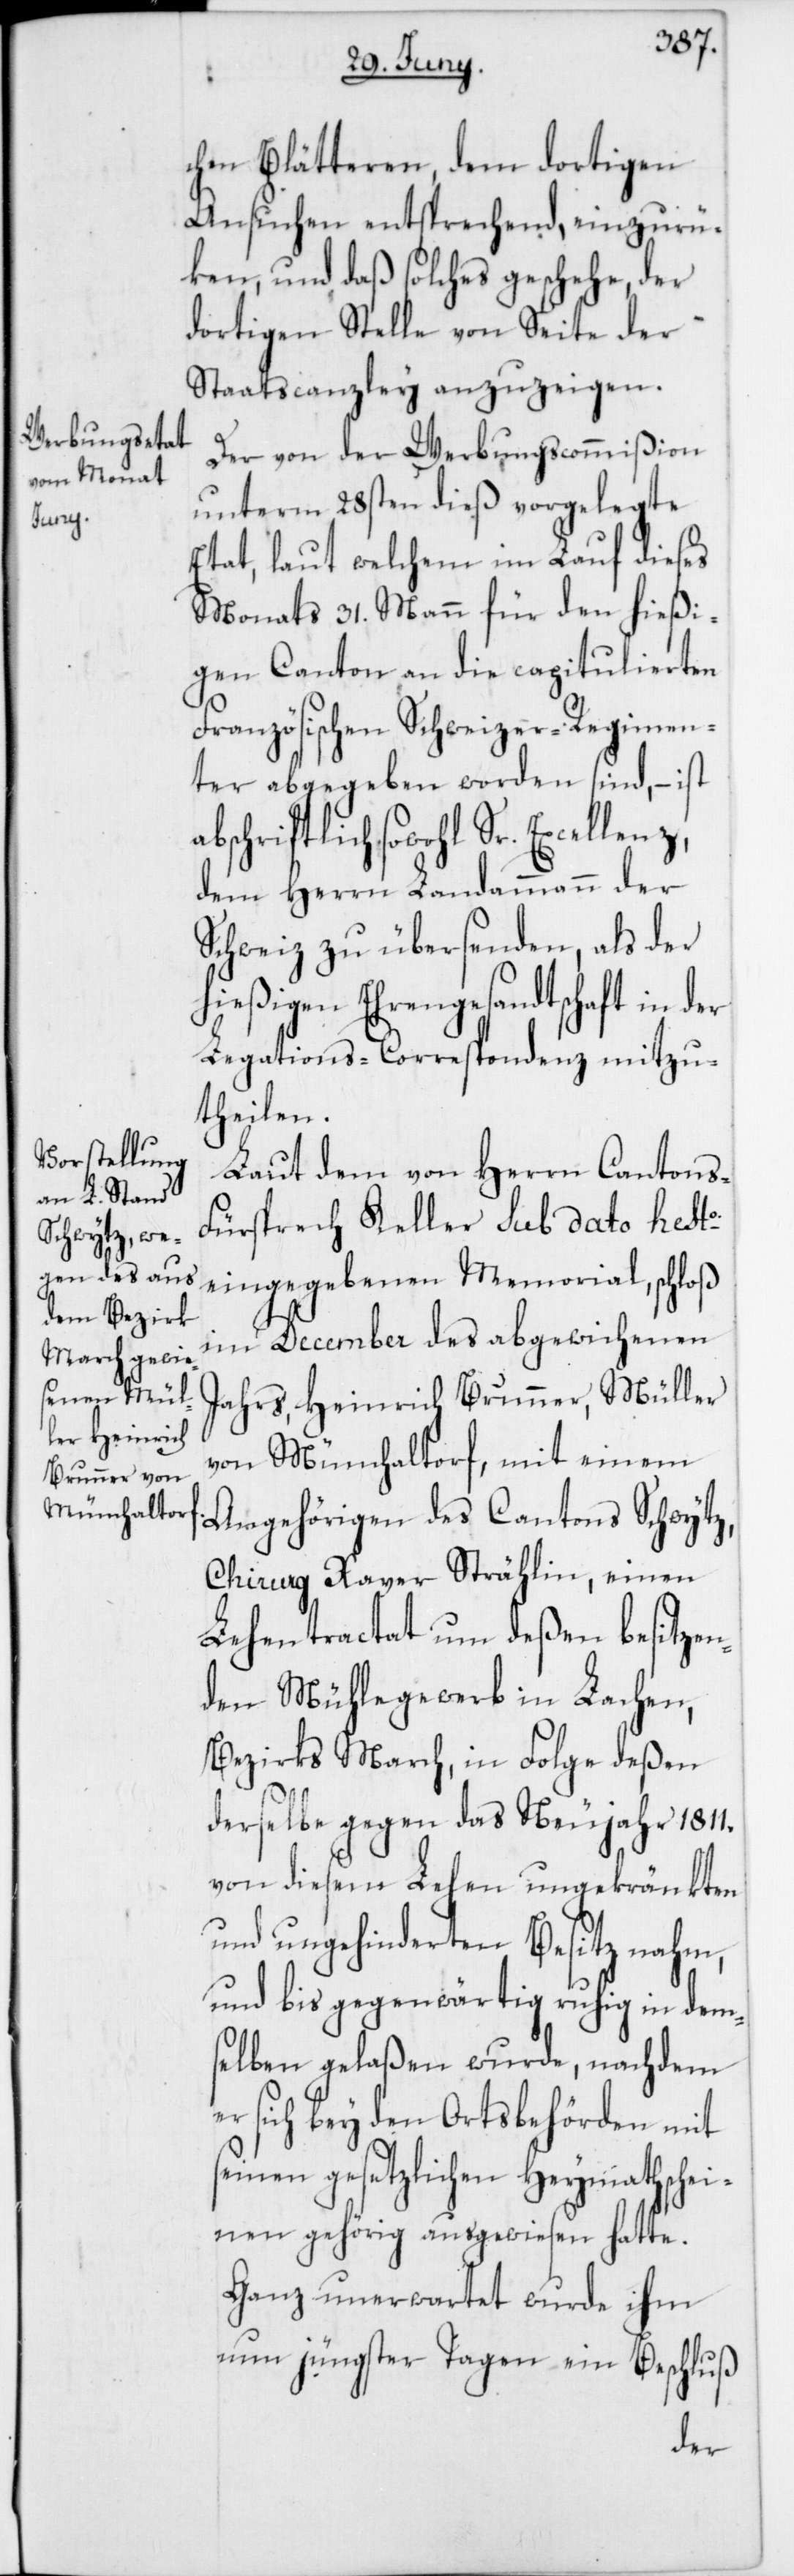
chen Blätteren, dem dortigen
Ansuchen entsprechend, einzurü¬
ken, und daß solches geschehe, der
dortigen Stelle von Seite der
Staatscanzley anzuzeigen.
Der von der Werbungscommißion
unterm 28sten dieß vorgelegte
Etat, laut welchem im Lauf dieses
Monats 31. Mann für den hießi¬
gen Canton an die capitulierten
Französischen Schweizer-Regimen¬
ter abgegeben worden sind, – ist
abschriftlich sowohl Sr.
dem Herrn Landammann der
Schweiz zu übersenden, als der
hießigen Ehrengesandtschaft in der
Legations-Correspondenz mitzu¬
theilen.
Laut dem von Herrn Cantons-F¬
ürsprech Keller sub Dato hesto.
eingegebenen Memorial, schloß
im December des abgewichenen
Jahrs, Heinrich Brunner, Müller
von Mönchaltorf, mit einem
Angehörigen des Cantons Schwytz,
Chirurg Xaver Strählin, einen
Lehentractat um deßen besitzen¬
den Mühlegewerb in Lachen,
Bezirks March, in Folge deßen
derselbe gegen das Neujahr 1811.
von diesem Lehen ungekränkten
und ungehindereten Besitz nahm,
und bis gegenwärtig ruhig in dem¬
selben gelaßen wurde, nachdem
er sich bey den Ortsbehörden mit
seinen gesetzlichen Heymathschei¬
nen gehörig ausgewiesen hatte.
Ganz unerwartet wurde ihm
nun jüngster Tagen ein Beschluß